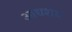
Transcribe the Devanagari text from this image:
आद्यशय